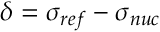
\delta = \sigma _ { r e f } - \sigma _ { n u c }